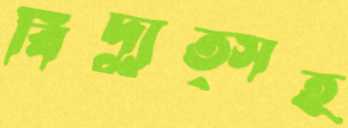
বিদ্যুত্সহ